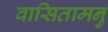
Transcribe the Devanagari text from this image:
वासितामनु